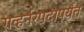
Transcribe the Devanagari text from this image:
गव्हर्नरपदापर्यंत